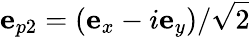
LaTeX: {\mathbf e}_{p2}=({\mathbf e}_{x}-i{\mathbf e}_{y})/\sqrt{2}